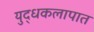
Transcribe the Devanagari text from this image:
युद्धकलापात